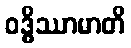
ဝဒ္ဓိဿာမာတိ